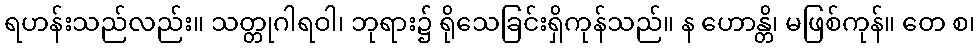
ရဟန်းသည်လည်း။ သတ္တုဂါရဝါ၊ ဘုရား၌ ရိုသေခြင်းရှိကုန်သည်။ န ဟောန္တိ၊ မဖြစ်ကုန်။ တေ စ၊